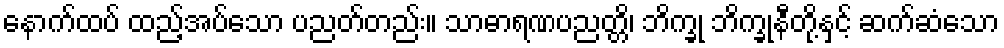
နောက်ထပ် ထည့်အပ်သော ပညတ်တည်း။ သာဓာရဏပညတ္တိ၊ ဘိက္ခု ဘိက္ခုနီတို့နှင့် ဆက်ဆံသော